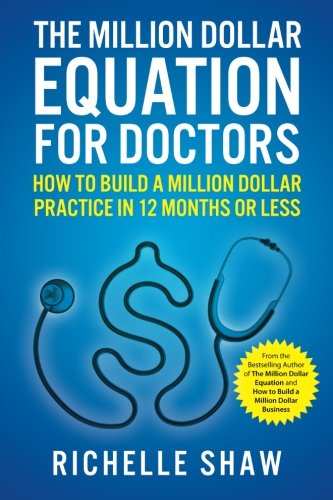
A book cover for The Million Dollar Equation for Doctors: How to Build a Million Dollar Practice in 12 Months or Less; Richelle Shaw; Medical Books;